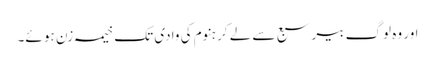
اور وہ لوگ بیر سبع سے لے کر ہنوم کی وادی تک خیمہ زن ہو ئے۔